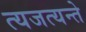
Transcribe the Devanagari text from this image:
त्यजत्यन्ते